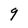
Character: 9